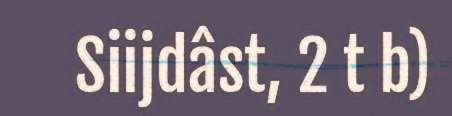
Siijdâst, 2 t b)